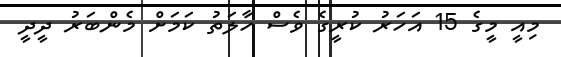
މިއީ މީގެ 15 އަހަރު ކުރީގެ ވެސް ހާލަތު ކަމަށް މެންބަރު ދީދީ